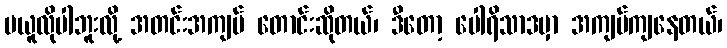
မယူလိုပါဘူးလို့ အတင်းအကျပ် တောင်းဆိုတယ်၊ ဒီတော့ ပေါရိသာဒမှာ အကျပ်ကျနေတယ်၊